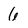
Character: 6